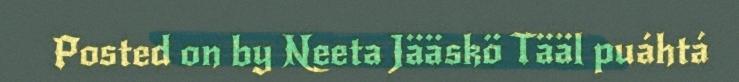
Posted on by Neeta Jääskö Tääl puáhtá